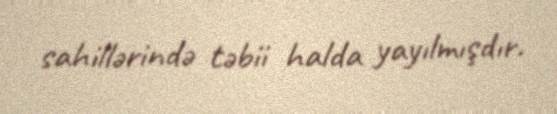
sahillərində təbii halda yayılmışdır.